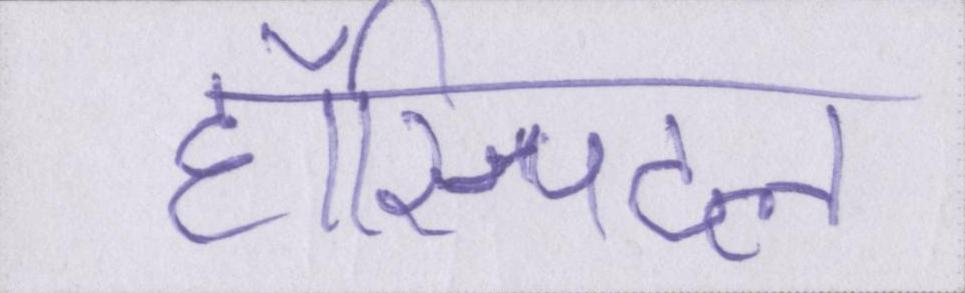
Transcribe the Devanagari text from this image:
हॉस्पिटल